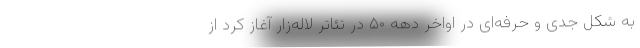
به شکل جدی و حرفه‌ای در اواخر دهه ۵۰ در تئاتر لاله‌زار آغاز کرد از